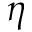
\eta